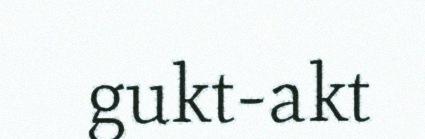
gukt-akt